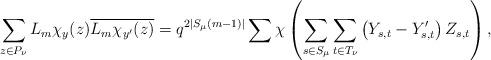
LaTeX: \begin{align*}\sum_{z \in P_\nu} L_m\chi_y(z) \overline{L_m\chi_{y'}(z)} = q^{2|S_\mu(m-1)|}\sum\chi\left(\sum_{s \in S_\mu}\sum_{t \in T_\nu} \left(Y_{s,t} - Y'_{s,t}\right)Z_{s,t}\right),\end{align*}